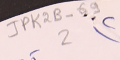
JPK2B-69				2	٢)